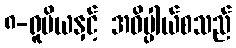
၈-ရူပိယနှင့် အဓိပ္ပါယ်စသည်